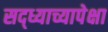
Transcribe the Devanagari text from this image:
सद्ध्याच्यापेक्षा